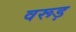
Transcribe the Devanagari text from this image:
वरूड़